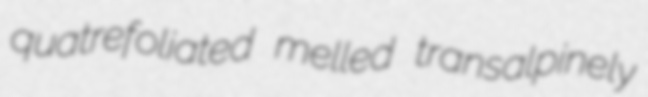
quatrefoliated melled transalpinely